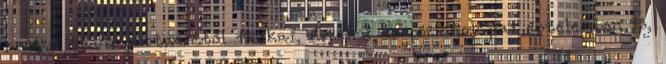
hosszú távú partnerétől ﬁzikai, érzelmi és pszichológiai értelemben is,